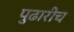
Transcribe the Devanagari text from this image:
पुढारीच